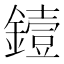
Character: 𬬅